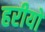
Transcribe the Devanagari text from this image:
हरीयो